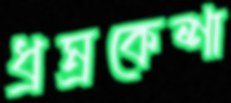
ধ্রম্রকেশা